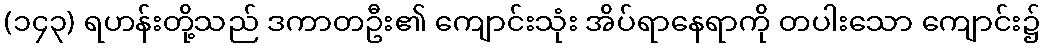
(၁၄၃) ရဟန်းတို့သည် ဒကာတဦး၏ ကျောင်းသုံး အိပ်ရာနေရာကို တပါးသော ကျောင်း၌